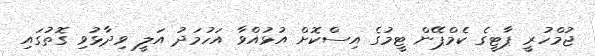
ޖުމްހުރީ ޕާޓީގެ ކެމްޕޭން ޓީމުގެ އިސްކޮށް އުޅުއްވާ އަހުމަދު އަލީ ވިދާޅުވި ގޮތުގައި